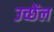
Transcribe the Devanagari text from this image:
उच्छेंल